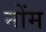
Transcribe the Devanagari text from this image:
नोंम